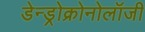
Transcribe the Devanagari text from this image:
डेन्ड्रोक्रोनोलॉजी